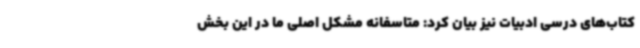
کتاب‌های درسی ادبیات نیز بیان کرد: متاسفانه مشکل اصلی ما در این بخش